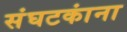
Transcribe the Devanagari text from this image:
संघटकांना